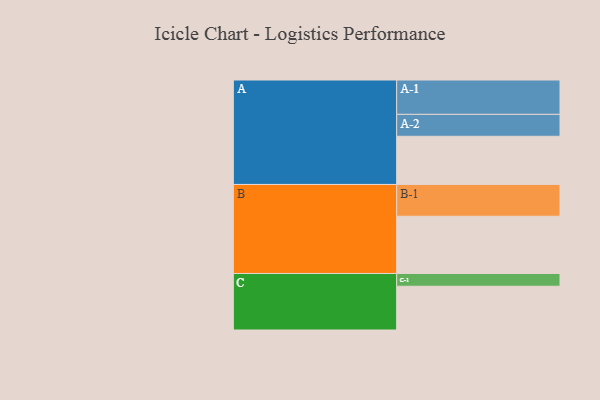
{"axis": {"x": "Segment", "y": "Value"}, "legend": ["", "A", "B", "C"], "data": [{"x": "A", "y": 415, "type": ""}, {"x": "B", "y": 493, "type": ""}, {"x": "C", "y": 377, "type": ""}, {"x": "A-1", "y": 296, "type": "A"}, {"x": "A-2", "y": 189, "type": "A"}, {"x": "B-1", "y": 274, "type": "B"}, {"x": "C-1", "y": 110, "type": "C"}]}